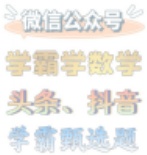
微信公众号
学霸学数学
头条、抖音
学霸刷选题